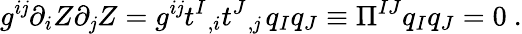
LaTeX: g^{i\mathit{j}}\partial_{i}Z\partial_{\mathit{j}}Z=g^{i\mathit{j}}t^{I}{}_{,i}t^{J}{}_{,\mathit{j}}\, q_{I}q_{J}\equiv\Pi^{IJ}q_{I}q_{J}=0\ .